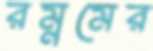
রম্নমের